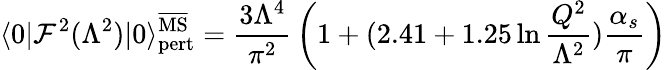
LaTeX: \langle0|\mathcal{F}^{2}(\Lambda^{2})|0\rangle_{\mathrm{{pert}}}^{\overline{{{\mathrm{{MS}}}}}}={\frac{{3\Lambda^{4}}}{{\pi^{2}}}}\left(1+(2.41+1.25\ln{\frac{{Q^{2}}}{{\Lambda^{2}}}}){\frac{{\alpha_{s}}}{{\pi}}}\right)